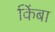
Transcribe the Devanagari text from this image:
किंबा